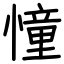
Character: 憧